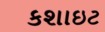
કશાઇટ